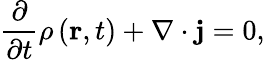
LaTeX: {\frac{\partial}{\partial t}}\rho\left(\mathbf{r},t\right)+\nabla\cdot\mathbf{j}=0,